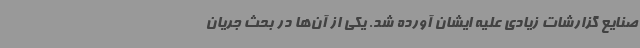
صنایع گزارشات زیادی علیه ایشان آورده شد. یکی از آن‌ها در بحث جریان